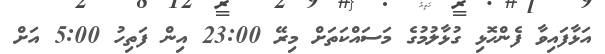
އަޅާފައިވާ ފެންހޮޅި ގުޅާލުމުގެ މަސައްކަތަށް މިރޭ 23:00 އިން ފަތިހު 5:00 އަށް